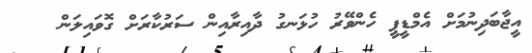
އީޖާބަދިނުމަށް އެމްޑީޕީ ހެންވޭރު ހުޅަނގު ދާއިރާއިން ސަރުކާރަށް ގޮވައިލަން